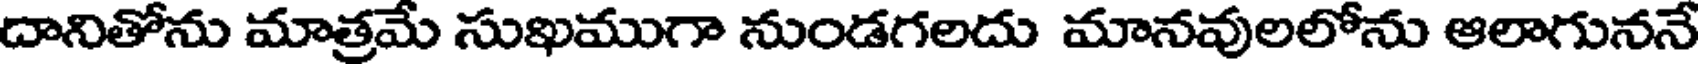
దానితోను మాత్రమే సుఖముగా నుండగలదు మానవులలోను ఆలాగుననే